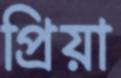
প্রিয়া